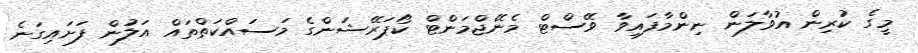
މީގެ ކުރިން އުވާލަން ނިންމާފައިވާ ވޭސްޓް މެނޭޖްމަންޓް ކޯޕަރޭޝަންގެ މަސައްކަތްތައް އަލުން ފަށައިގަނެ